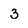
Character: 3